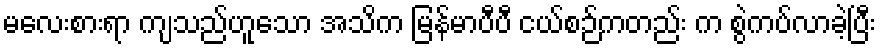
မလေးစားရာ ကျသည်ဟူသော အသိက မြန်မာပီပီ ငယ်စဉ်ကတည်း က စွဲကပ်လာခဲ့ပြီး